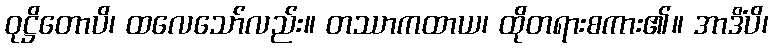
ဝုဋ္ဌိတောပိ၊ ထလေသော်လည်း။ တဿာကထာယ၊ ထိုတရားစကား၏။ အာဒိံပိ၊